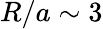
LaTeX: R/a\sim 3